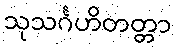
သုသင်္ဂဟိတတ္တာ